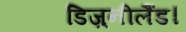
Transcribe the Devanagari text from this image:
डिज़्नीलैंड।